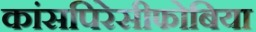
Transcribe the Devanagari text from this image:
कांसपिरेसीफोबिया